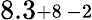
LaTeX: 8.3\substack{+8\, -2}